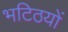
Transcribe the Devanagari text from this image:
भटिठयों